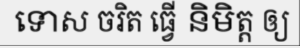
ទោស ចរិត ធ្វើ និមិត្ត ឲ្យ